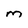
Character: M